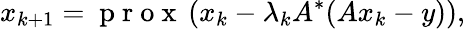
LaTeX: x_{k+1}=\mathrm{~p~r~o~x~}\left(x_{k}-\lambda_{k}A^{*}(Ax_{k}-y)\right),